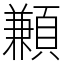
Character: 䫡